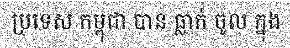
ប្រទេស កម្ពុជា បាន ធ្លាក់ ចូល ក្នុង